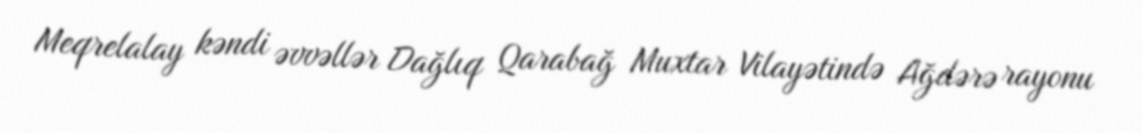
Meqrelalay kəndi əvvəllər Dağlıq Qarabağ Muxtar Vilayətində Ağdərə rayonu